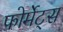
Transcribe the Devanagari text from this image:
फोर्मेट्स